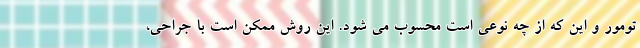
تومور و این که از چه نوعی است محسوب می شود. این روش ممکن است با جراحی،